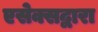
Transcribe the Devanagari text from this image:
एसेक्सद्वारा